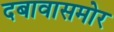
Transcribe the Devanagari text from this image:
दबावासमोर